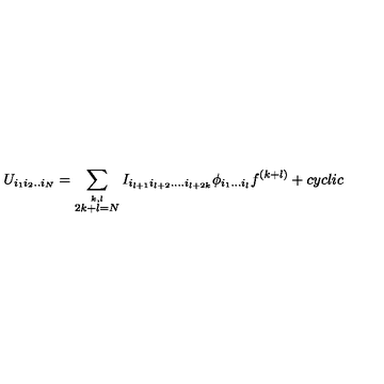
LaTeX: U _ { i _ { 1 } i _ { 2 } . . i _ { N } } = \sum _ { \stackrel { k , l } { 2 k + l = N } } I _ { i _ { l + 1 } i _ { l + 2 } . . . . i _ { l + 2 k } } \phi _ { i _ { 1 } . . . i _ { l } } f ^ { ( k + l ) } + c y c l i c